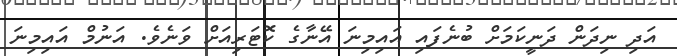
އަދި ނިދަން ދަނީކަމަށް ބުނެފައި އައިމިނަ އޭނާގެ ކޮޓަރިއަށް ވަނެވެ. އަނުމް އައިމިނަ